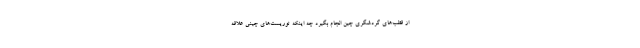
از قطب‌های گردشگری چین انجام بگیرد چه اینکه توریست‌های چینی علاقه